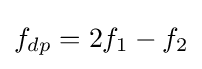
f_{dp}=2f_{1}-f_{2}